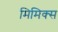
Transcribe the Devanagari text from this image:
मिमिक्स